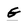
Character: G